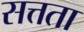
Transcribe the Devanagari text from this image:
सत्तता